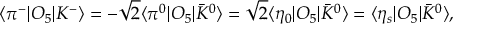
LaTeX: \langle { \pi ^ { - } | O _ { 5 } | K ^ { - } } \rangle = - \sqrt { 2 } \langle { \pi ^ { 0 } | O _ { 5 } | \bar { K } ^ { 0 } } \rangle = \sqrt { 2 } \langle { \eta _ { 0 } | O _ { 5 } | \bar { K } ^ { 0 } } \rangle = \langle { \eta _ { s } | O _ { 5 } | \bar { K } ^ { 0 } } \rangle ,